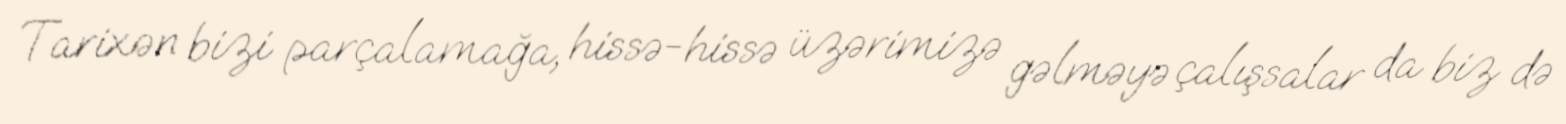
Tarixən bizi parçalamağa, hissə-hissə üzərimizə gəlməyə çalışsalar da biz də